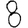
Digit: 8